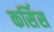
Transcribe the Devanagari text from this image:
कर्सिस